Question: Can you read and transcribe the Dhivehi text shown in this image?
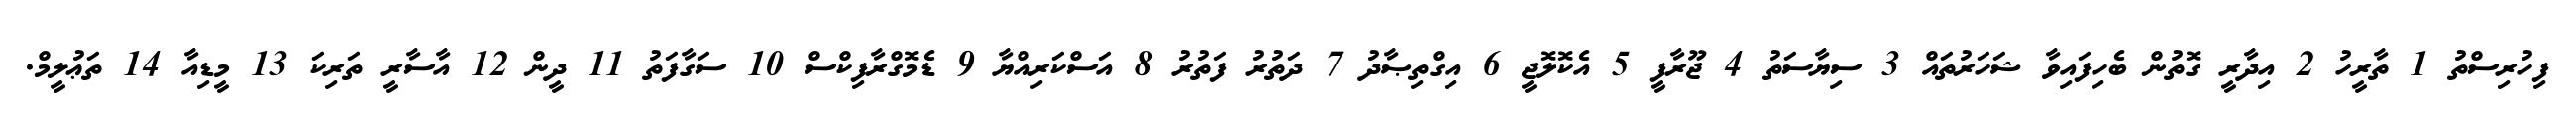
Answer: ފިހުރިސްތު 1 ތާރީހު 2 އިދާރީ ގޮތުން ބެހިފައިވާ ޝަހަރުތައް 3 ސިޔާސަތު 4 ޖޫރާފީ 5 އެކޮލޮޖީ 6 އިގްތިޞާދު 7 ދަތުރު ފަތުރު 8 އަސްކަރިއްޔާ 9 ޑެމޮގްރާފިކްސް 10 ސަގާފަތު 11 ދީން 12 އާސާރީ ތަރިކަ 13 މީޑިއާ 14 ތަޢުލީމް.